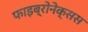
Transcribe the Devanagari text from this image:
फाइब्रोनेक्सस